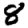
Digit: 8